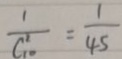
\frac { 1 } { C _ { 1 0 } ^ { 2 } } = \frac { 1 } { 4 5 }